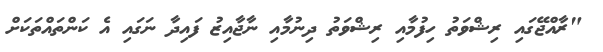
"ރާއްޖޭގައި ރިޝްވަތު ހިފުމާއި ރިޝްވަތު ދިނުމާއި ނާޖާއިޒު ފައިދާ ނަގައި އެ ކަންތައްތަކަށް